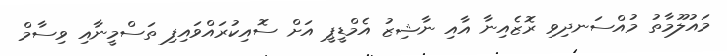
މައުލޫމާތު މުއްސަނދިވި ރޮޒެއިނާ އާއި ނާޝިޒު އެމްޑީޕީ އަށް ސޮއިކުރައްވައިފި ތަސްމީނާއި ވިސާމް